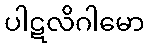
ပါဋလိဂါမော